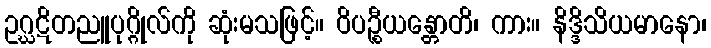
ဥဂ္ဃဋိတညူပုဂ္ဂိုလ်ကို ဆုံးမသဖြင့်။ ဝိပဉ္စီယန္တောတိ၊ ကား။ နိဒ္ဒိသိယမာနော၊